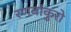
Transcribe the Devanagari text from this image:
रणबांकुरो